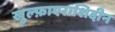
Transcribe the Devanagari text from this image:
खुल्फ़ाएराशिदीन